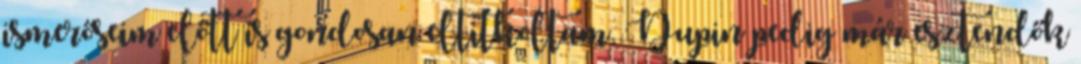
ismerőseim előtt is gondosan eltitkoltam. Dupin pedig már esztendők